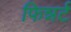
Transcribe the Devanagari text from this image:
फिन्नर्ट